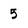
Character: 5